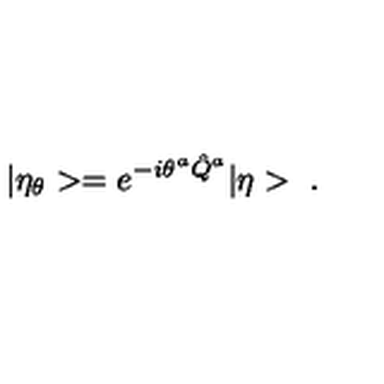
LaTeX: | \eta _ { \theta } > = e ^ { - i \theta ^ { a } \hat { Q } ^ { a } } | \eta > \ .